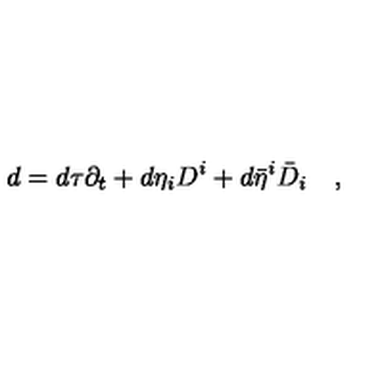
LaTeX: d = d \tau \partial _ { t } + d \eta _ { i } D ^ { i } + d \bar { \eta } ^ { i } \bar { D } _ { i } \quad ,